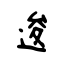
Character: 逡